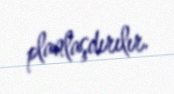
planlaşdırılır.